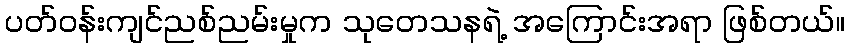
ပတ်ဝန်းကျင်ညစ်ညမ်းမှုက သုတေသနရဲ့ အကြောင်းအရာ ဖြစ်တယ်။